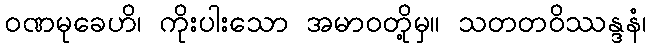
ဝဏမုခေဟိ၊ ကိုးပါးသော အမာဝတို့မှ။ သတတဝိဿန္ဒနံ၊